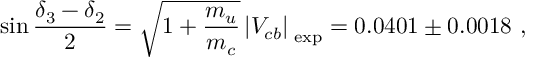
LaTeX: \sin \frac { \delta _ { 3 } - \delta _ { 2 } } { 2 } = \sqrt { 1 + \frac { m _ { u } } { m _ { c } } } \left| V _ { c b } \right| _ { \mathrm { { \tiny ~ e x p } } } = 0 . 0 4 0 1 \pm 0 . 0 0 1 8 \ ,